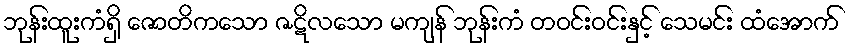
ဘုန်းထူးကံရှိ ဇောတိကသော ဇဋိလသော မကျန် ဘုန်းကံ တဝင်းဝင်းနှင့် သေမင်း ထံအောက်